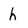
Character: h